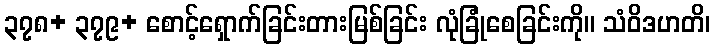
၃၇၈+ ၃၇၉+ စောင့်ရှောက်ခြင်းတားမြစ်ခြင်း လုံခြုံစေခြင်းကို။ သံဝိဒဟတိ၊